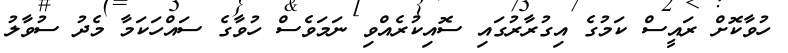
ހުވާކޮށް ރައީސް ކަމުގެ އިގުރާރުގައި ސޮއިކުރެއްވި ނަމަވެސް ހުވާގެ ސައްހަކަމާ މެދު ސުވާލު